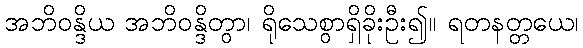
အဘိဝန္ဒိယ အဘိဝန္ဒိတွာ၊ ရိုသေစွာရှိခိုးဦး၍။ ရတနတ္တယေ၊